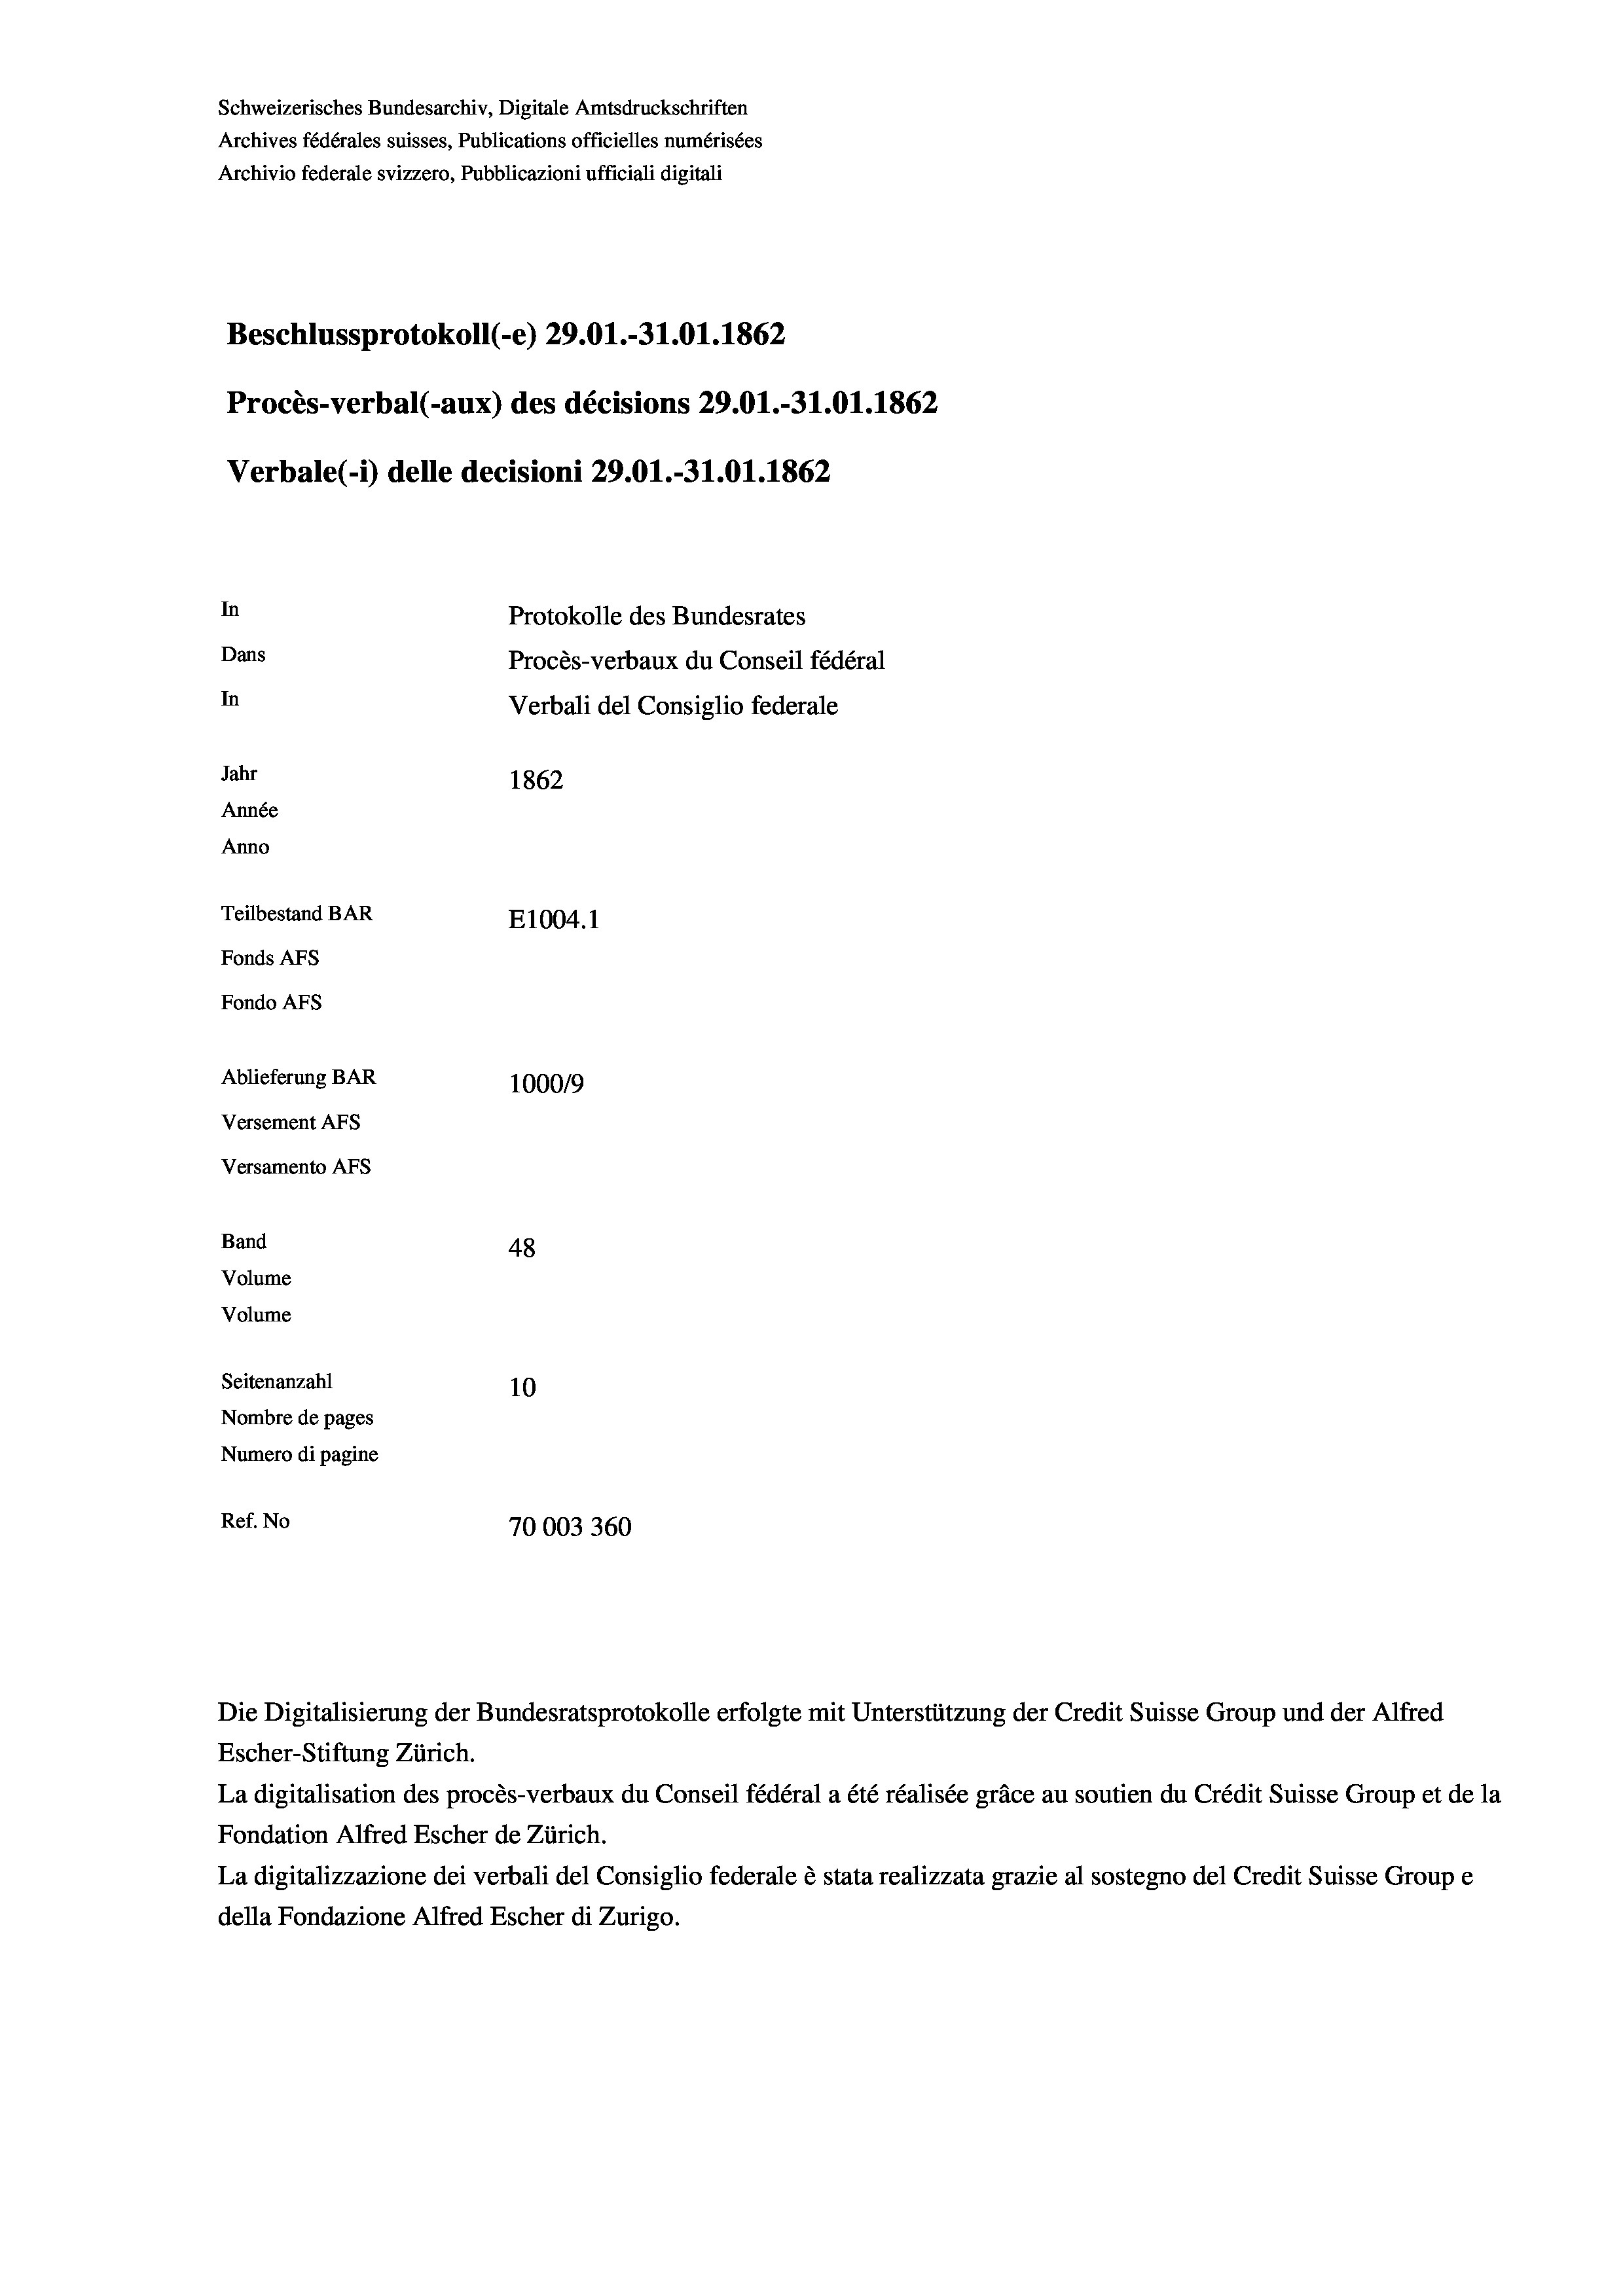
Schweizerisches Bundesarchiv, Digitale Amtsdruckschriften
Archives fédérales suisses, Publications officielles numérisées
Archivio federale svizzero, Pubblicazioni ufficiali digitali
Beschlussprotokoll (-e) 29.01.-31.01. 1862
Procès-verbal (-aux) des décisions 29.01.-31.01. 1862
Verbale (- 1) delle decisioni 29.01.-31.01. 1862
In
Protokolle des Bundesrates
Dans
Procès-verbaux du Conseil fédéral
In
Verbali del Consiglio federale
Jahr
1862
Année
Anno
Teilbestand BAR
E1004. 1
Fonds AFs
Fondo AFs
Ablieferung BAR
100019
Versement AFs
Versamento AFs
Band
48
Volume
Volume
Seitenanzahl
10

Nombre de pages
Numero di pagine
Ref. No
70003360

Escher-Stiftung Zürich.
La digitalisation des procès-verbaux du Conseil fédéral a été réalisée gräce au soutien du Crédit Suisse Group et de la
Fondation Alfred Escher de Zürich.
La digitalizzazione dei verbali del Consiglio federale è stata realizzata grazie al sostegno del Credit Suisse Groupe
della Fondazione Alfred Escher di Zurigo.

Die Digitalisierung der Bundesratsprotokolle erfolgte mit Unterstützung der Credit Suisse Group und der Alfred